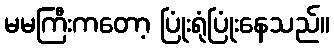
မမကြီးကတော့ ပြုံးရုံပြုံးနေသည်။